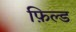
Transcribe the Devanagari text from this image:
फ़िल्ड